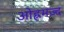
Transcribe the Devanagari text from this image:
ओह्रमज़्द